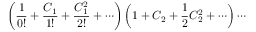
\left( { \frac { 1 } { 0 ! } } + { \frac { C _ { 1 } } { 1 ! } } + { \frac { C _ { 1 } ^ { 2 } } { 2 ! } } + \cdots \right) \left( 1 + C _ { 2 } + { \frac { 1 } { 2 } } C _ { 2 } ^ { 2 } + \cdots \right) \cdots